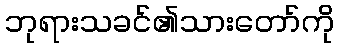
ဘုရားသခင်၏သားတော်ကို